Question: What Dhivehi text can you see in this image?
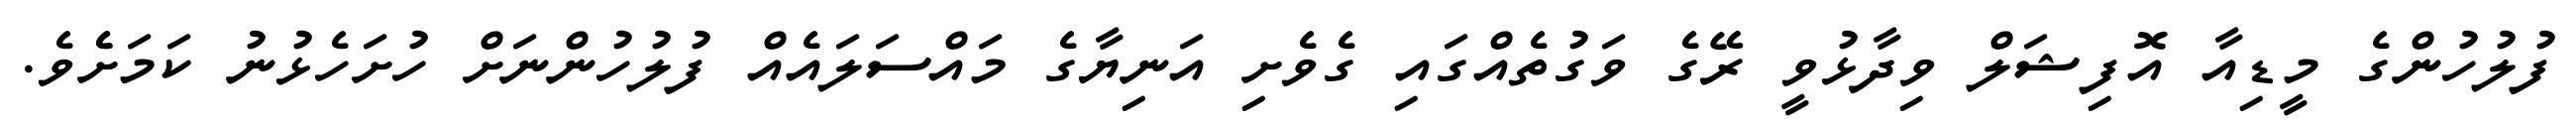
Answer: ފުލުހުންގެ މީޑިއާ އޮފިޝަލް ވިދާޅުވީ ރޭގެ ވަގުތެއްގައި ގެވެށި އަނިޔާގެ މައްސަލައެއް ފުލުހުންނަށް ހުށަހެޅުނު ކަމަށެެވެ.